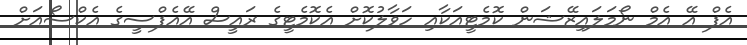
އެފް އޭ އެމް ނޯމަލައިޒޭޝަން ކޮމެޓީއަކާއި ހަވާލުކޮށް އެކޮމެޓީގެ ރައީސް އޭއެފްސީގެ އެކްސޯއަށް